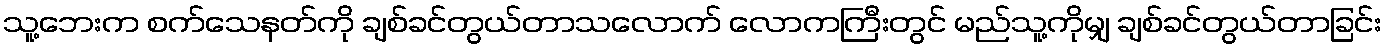
သူ့ဘေးက စက်သေနတ်ကို ချစ်ခင်တွယ်တာသလောက် လောကကြီးတွင် မည်သူ့ကိုမျှ ချစ်ခင်တွယ်တာခြင်း